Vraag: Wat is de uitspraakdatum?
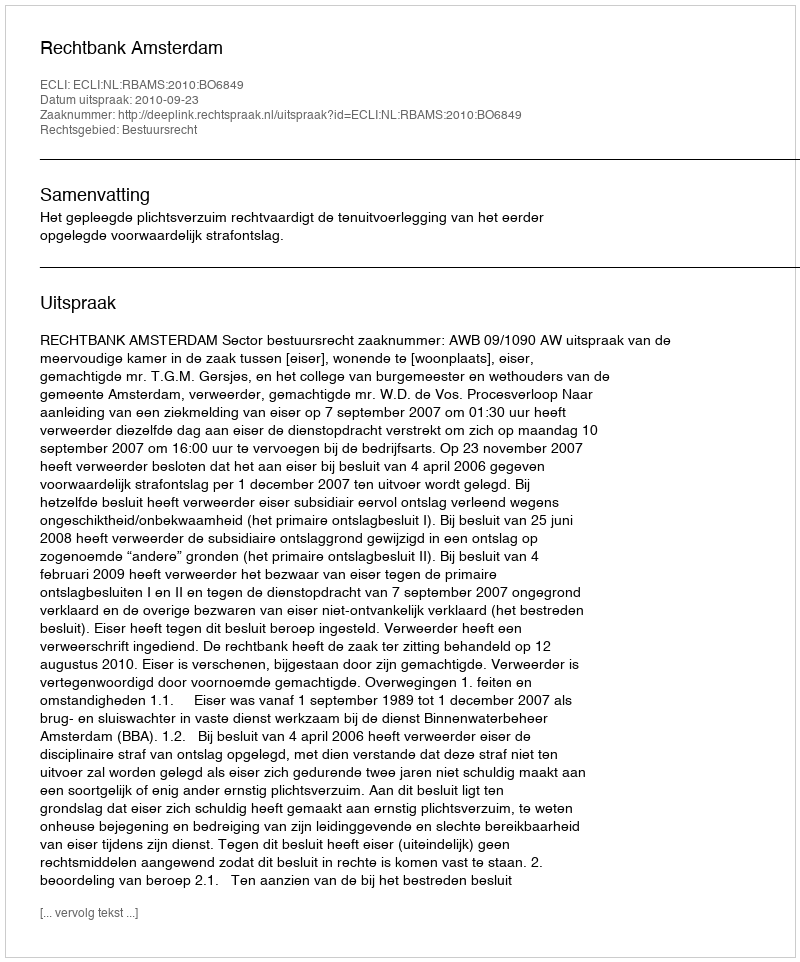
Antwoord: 2010-09-23